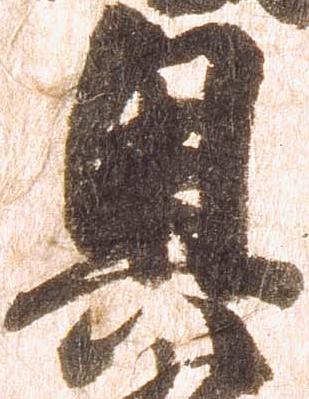
奥